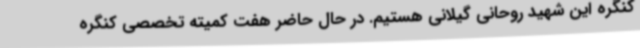
کنگره این شهید روحانی گیلانی هستیم. در حال حاضر هفت کمیته تخصصی کنگره